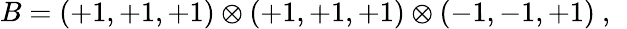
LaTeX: B=(+1,+1,+1)\otimes(+1,+1,+1)\otimes(-1,-1,+1)~,~\,